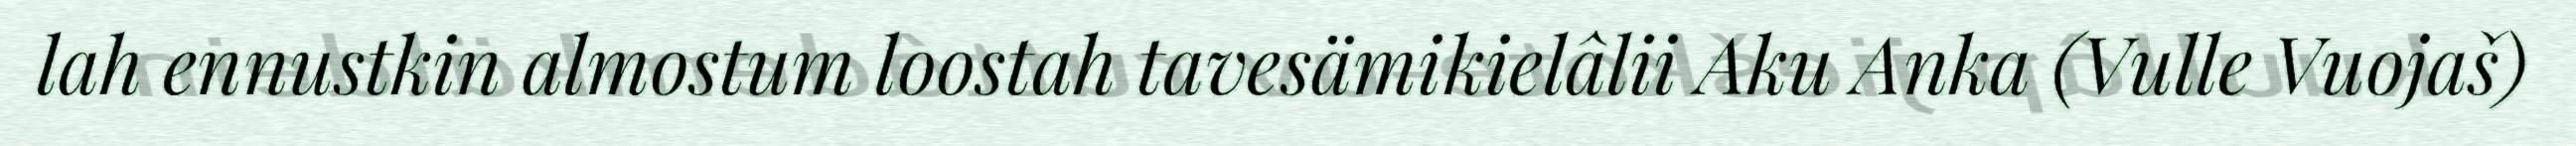
lah ennustkin almostum loostah tavesämikielâlii Aku Anka (Vulle Vuojaš)